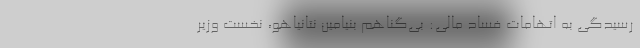
رسیدگی به اتهامات فساد مالی: بی‌گناهم بنیامین نتانیاهو، نخست وزیر